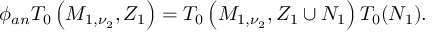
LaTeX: \phi _ { a n } T _ { 0 } \left( M _ { 1 , \nu _ { 2 } } , Z _ { 1 } \right) = T _ { 0 } \left( M _ { 1 , \nu _ { 2 } } , Z _ { 1 } \cup N _ { 1 } \right) T _ { 0 } ( N _ { 1 } ) .